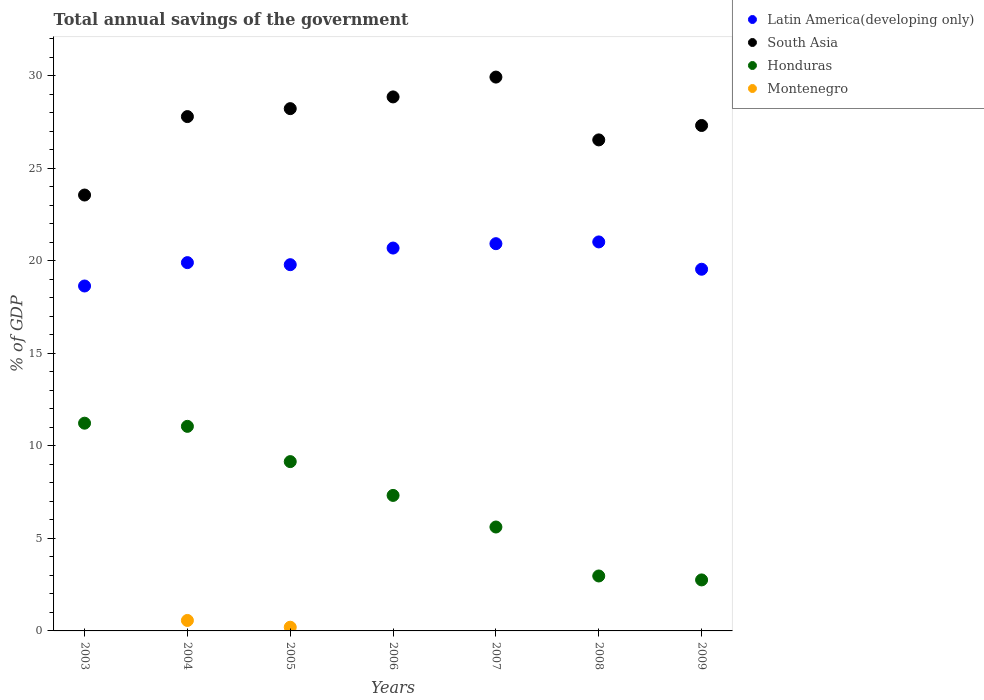
| Years | Latin America(developing only) | South Asia | Honduras | Montenegro |
 | --- | --- | --- | --- | --- |
 | 2003 | 18.6 | 23.5 | 11.2 | -0.962 |
 | 2004 | 19.9 | 27.8 | 11 | 0.566 |
 | 2005 | 19.8 | 28.2 | 9.14 | 0.2 |
 | 2006 | 20.7 | 28.8 | 7.32 | -4.28 |
 | 2007 | 20.9 | 29.9 | 5.61 | -8.5 |
 | 2008 | 21 | 26.5 | 2.97 | -13.8 |
 | 2009 | 19.5 | 27.3 | 2.75 | -6.18 |